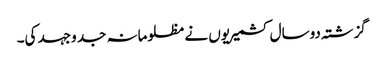
گزشتہ دوسال کشمیریوں نے مظلومانہ جد وجہد کی۔